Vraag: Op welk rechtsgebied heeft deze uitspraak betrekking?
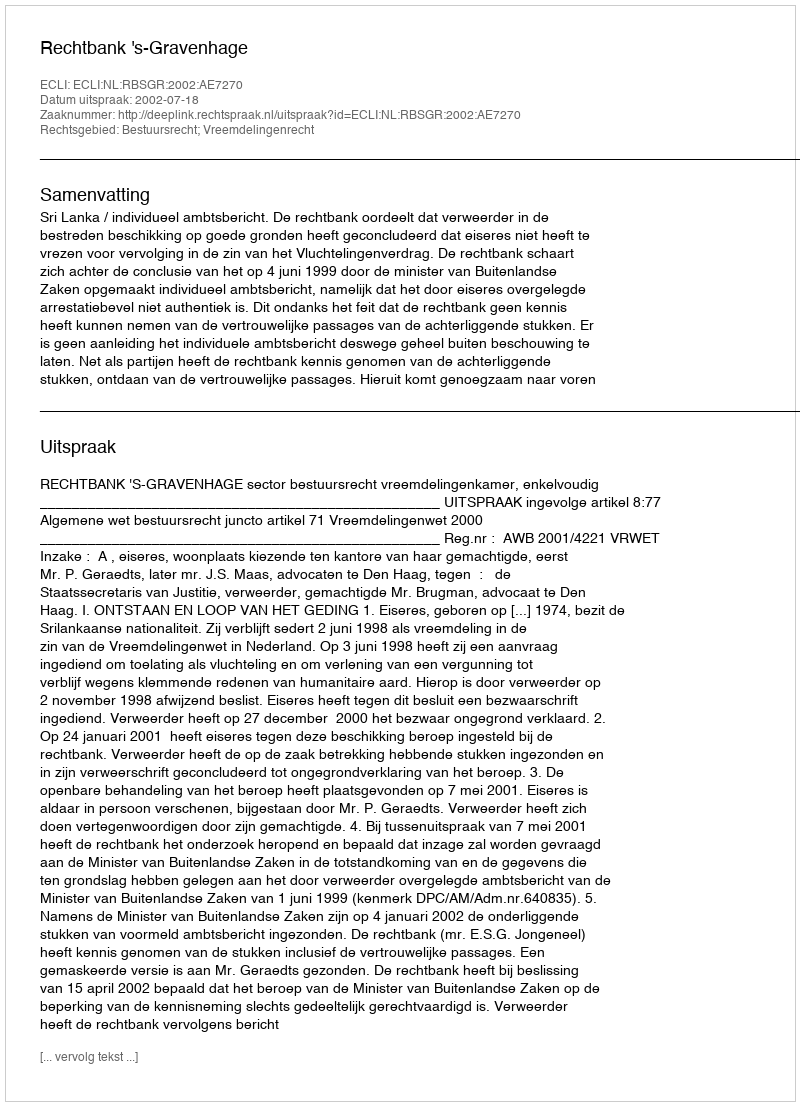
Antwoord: Bestuursrecht; Vreemdelingenrecht